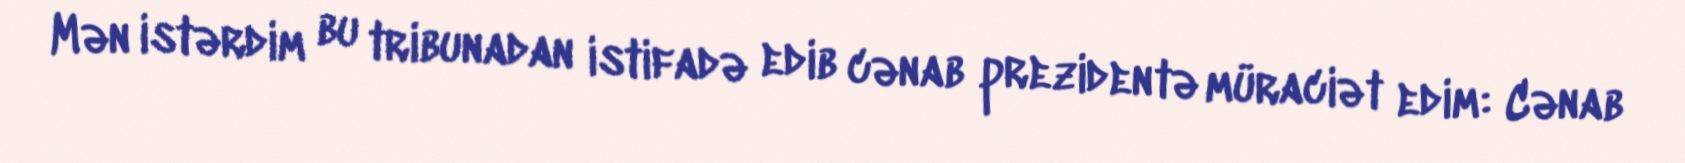
Mən istərdim bu tribunadan istifadə edib cənab prezidentə müraciət edim: Cənab